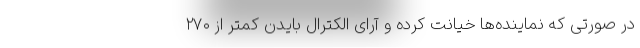
در صورتی که نماینده‌ها خیانت کرده و آرای الکترال بایدن کمتر از ۲۷۰